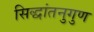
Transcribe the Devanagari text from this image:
सिद्धांतनुगुण